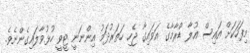
މިފަހަކަށް އައިސް އުލާ ޑްރާމާގެ އަވައިގާ ޖެހި ހަތަރުދަމު އިންނަނީ ޓީވީ ހުޅުވާލައިގެންނެވެ.